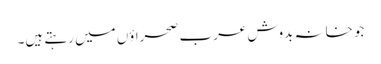
جو خانہ بدوش عرب صحراؤں میں رہتے ہیں۔